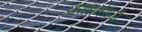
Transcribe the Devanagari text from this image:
आराधनेसाठी